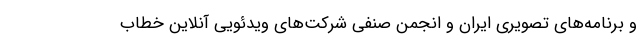
و برنامه‌های تصویری ایران و انجمن صنفی شرکت‌های ویدئویی آنلاین خطاب